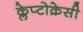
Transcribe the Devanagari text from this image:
क्लेप्टोक्रेसी